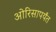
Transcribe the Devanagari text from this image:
ओरिसापर्यंत